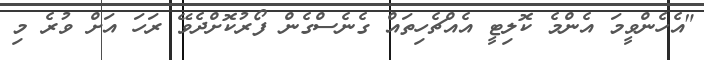
"އެހެންވީމަ އެންމެ ކޮލިޓީ އެއްޗެހިތައް ގެނެސްގެން ފޯރުކޮށްދެވޭ ރަހަ އަށް ވުރެ މި